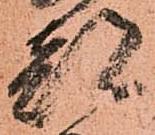
都